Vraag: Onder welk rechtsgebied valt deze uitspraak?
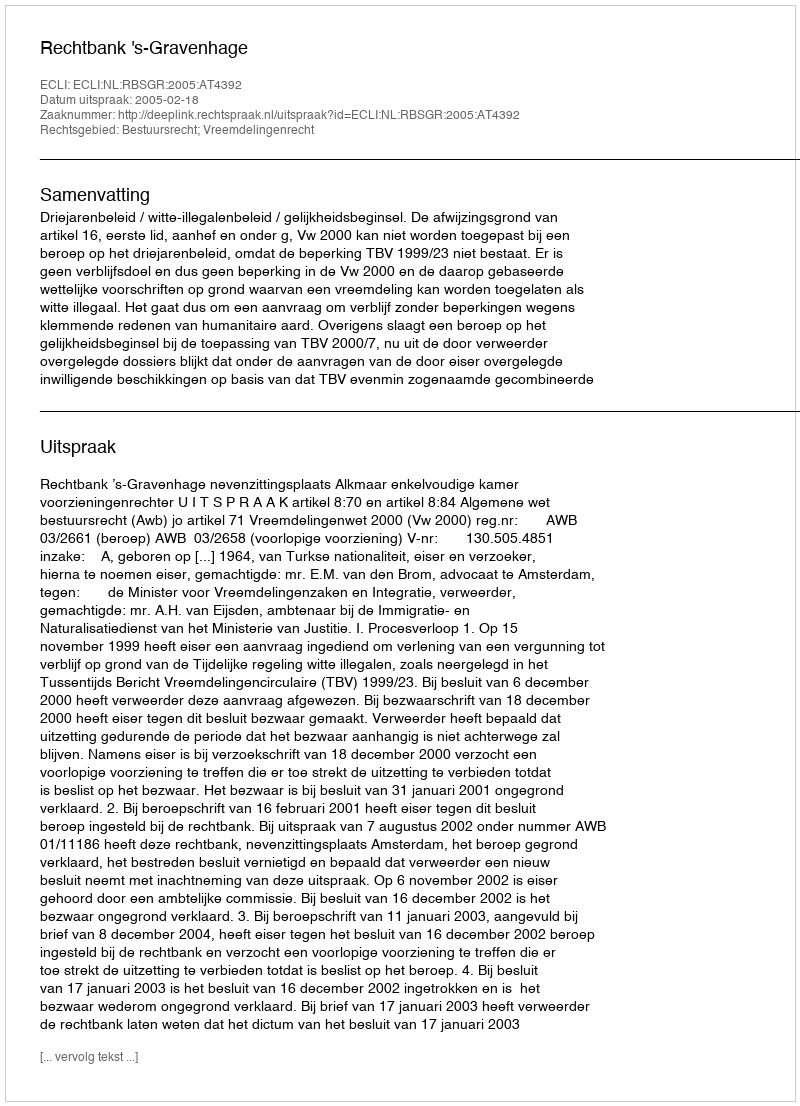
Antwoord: Bestuursrecht; Vreemdelingenrecht